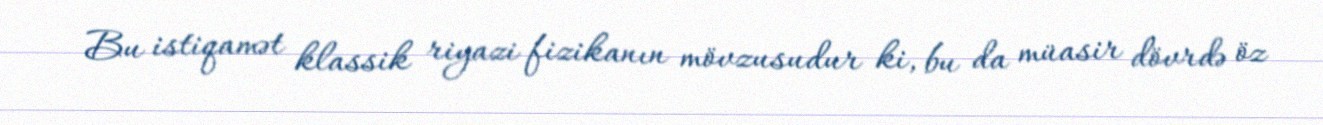
Bu istiqamət klassik riyazi fizikanın mövzusudur ki, bu da müasir dövrdə öz